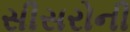
સીસરોની